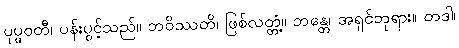
ပုပ္ဖဝတီ၊ ပန်းပွင့်သည်။ ဘဝိဿတိ၊ ဖြစ်လတ္တံ့။ ဘန္တေ၊ အရှင်ဘုရား။ တဒါ၊